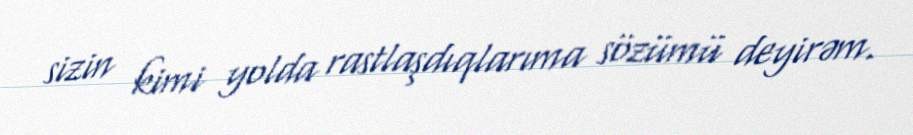
sizin kimi yolda rastlaşdıqlarıma sözümü deyirəm.